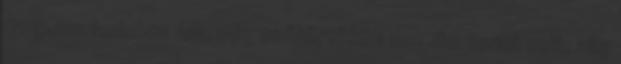
209,30 forinton állt, míg csütörtökön 210,62 forint volt, alig